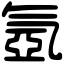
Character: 氬